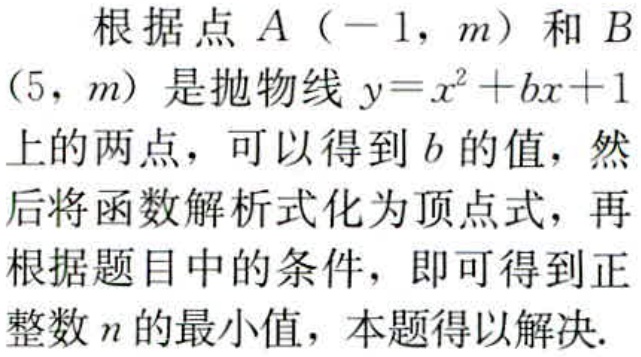
根据点\(A（-1，m）\)和\(B(5，m)\)是抛物线\(y = x^{2}+bx + 1\)上的两点，可以得到\(b\)的值，然后将函数解析式化为顶点式，再根据题目中的条件，即可得到正整数\(n\)的最小值，本题得以解决.